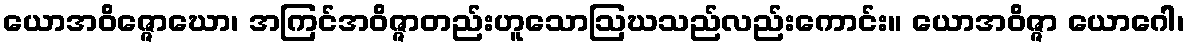
ယောအဝိဇ္ဇောဃော၊ အကြင်အဝိဇ္ဇာတည်းဟူသောဩဃသည်လည်းကောင်း။ ယောအဝိဇ္ဇာ ယောဂေါ၊